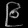
Digit: ၉